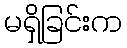
မရှိခြင်းက